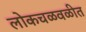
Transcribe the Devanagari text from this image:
लोकचळवळीत